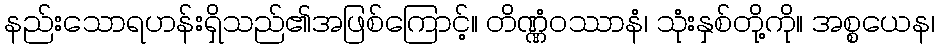
နည်းသောရဟန်းရှိသည်၏အဖြစ်ကြောင့်။ တိဏ္ဏံဝဿာနံ၊ သုံးနှစ်တို့ကို။ အစ္စယေန၊